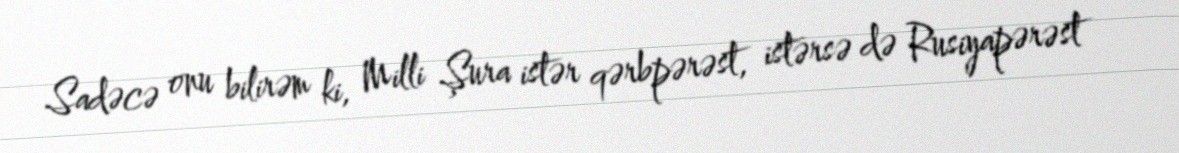
Sadəcə onu bilirəm ki, Milli Şura istər qərbpərəst, istərsə də Rusiyapərəst